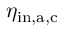
\eta _ { \mathrm { i n , a , c } }